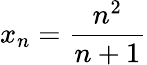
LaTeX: x_{n}=\frac{n^{2}}{n+1}